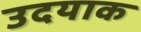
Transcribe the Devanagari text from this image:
उदयाक